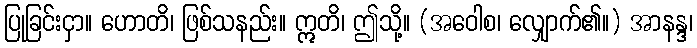
ပြုခြင်းငှာ။ ဟောတိ၊ ဖြစ်သနည်း။ ဣတိ၊ ဤသို့။ (အဝေါစ၊ လျှောက်၏။) အာနန္ဒ၊